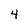
Character: 4